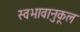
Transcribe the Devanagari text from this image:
स्वभावानुकूल